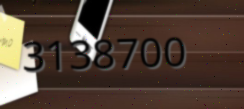
3138700